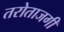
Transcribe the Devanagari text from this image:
तरोताजगी